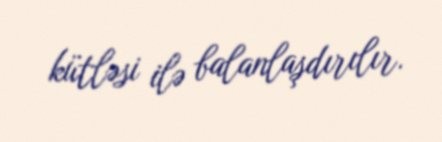
kütləsi ilə balanlaşdırılır.